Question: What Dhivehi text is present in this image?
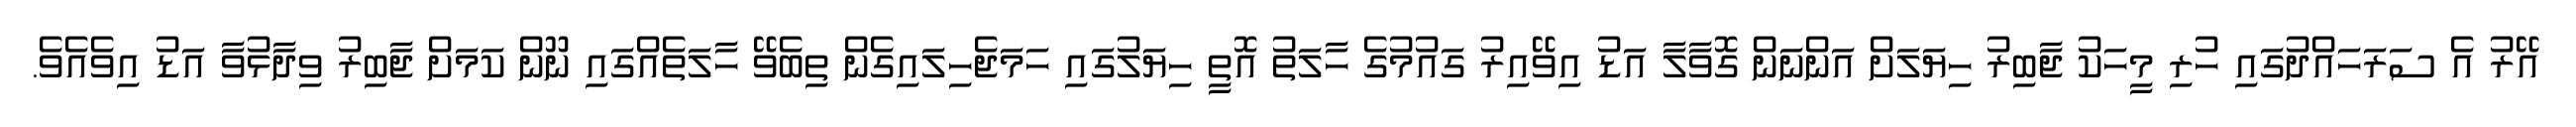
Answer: އޭރު އެ ސަރަހައްދުގައި ހުރި މީހަކު ޖާބިރު ހިޔަލަށް އަންނަން ގޮވާލާ އަޑު އިވޭއިރު ގައުމުގެ ހާލަތު އޮތީ ހިޔަލުގައި ހަމަޖެހިލައިގެން ތިބެވޭ ހާލަތެއްގައި ނޫން ކަމަށް ޖާބިރު ވިދާޅުވާ އަޑު އިވެއެވެ.